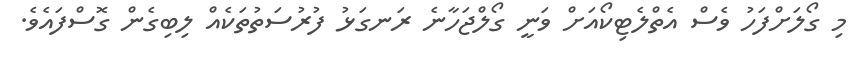
މި ގޯލަށްފަހު ވެސް އެތްލެޓިކޯއަށް ވަނީ ގޯލްޖަހާނެ ރަނގަޅު ފުރުސަތުތަކެއް ލިބިގެން ގޮސްފައެވެ.